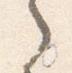
之